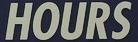
HOURS